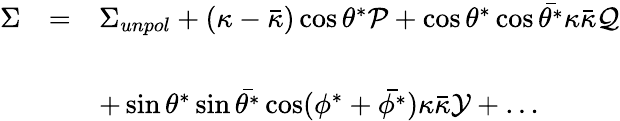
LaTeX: \begin{array}{rcl}{{\Sigma}}&{{=}}&{{\Sigma_{unpol}+(\kappa-\bar{\kappa})\cos\theta^{*}{\cal P}+\cos\theta^{*}\cos\bar{\theta^{*}}\kappa\bar{\kappa}{\cal Q}}}\\ {{}}&{{}}&{{}}\\ {{}}&{{}}&{{+\sin\theta^{*}\sin\bar{\theta^{*}}\cos(\phi^{*}+\bar{\phi^{*}})\kappa\bar{\kappa}{\cal Y}+\dots}}\end{array}